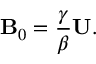
{ \bf { B } } _ { 0 } = \frac { \gamma } { \beta } { \bf { U } } .